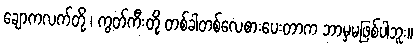
ချောကလက်တို့ ၊ ကွတ်ကီးတို့ တစ်ခါတစ်လေစားပေးတာက ဘာမှမဖြစ်ပါဘူး။